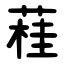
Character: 蓕